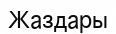
Жаздары